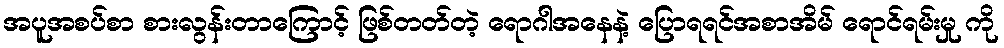
အပူအစပ်စာ စားလွန်းတာကြောင့် ဖြစ်တတ်တဲ့ ရောဂါအနေနဲ့ ပြောရရင်အစာအိမ် ရောင်ရမ်းမှု ကို